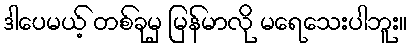
ဒါပေမယ့် တစ်ခုမှ မြန်မာလို မရေသေးပါဘူး။